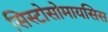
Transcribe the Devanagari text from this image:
सिस्टोसोमायसिस